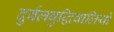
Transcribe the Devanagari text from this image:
दुर्बलबुद्धिवालियों